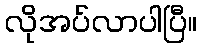
လိုအပ်လာပါပြီ။